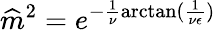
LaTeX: \widehat{m}^{2}=e^{-\frac{1}{\nu}\arctan(\frac{1}{\nu\epsilon})}